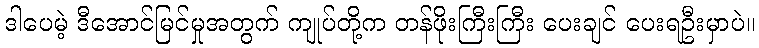
ဒါပေမဲ့ ဒီအောင်မြင်မှုအတွက် ကျုပ်တို့က တန်ဖိုးကြီးကြီး ပေးချင် ပေးရဦးမှာပဲ။